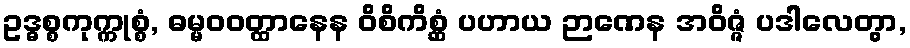
ဥဒ္ဓစ္စကုက္ကုစ္စံ, ဓမ္မဝဝတ္ထာနေန ဝိစိကိစ္ဆံ ပဟာယ ဉာဏေန အဝိဇ္ဇံ ပဒါလေတွာ,